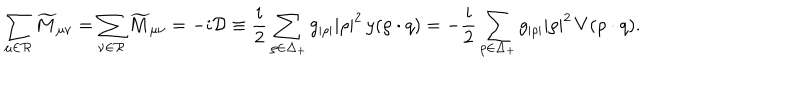
LaTeX: \sum _ { \mu \in { \cal R } } \widetilde { M } _ { \mu \nu } = \sum _ { \nu \in { \cal R } } \widetilde { M } _ { \mu \nu } = - i { \cal D } \equiv { \frac { i } { 2 } } \sum _ { \rho \in \Delta _ { + } } g _ { | \rho | } | \rho | ^ { 2 } \, y ( \rho \cdot q ) = - { \frac { i } { 2 } } \sum _ { \rho \in \Delta _ { + } } g _ { | \rho | } | \rho | ^ { 2 } \, V ( \rho \cdot q ) .